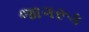
જાગરૂક